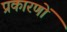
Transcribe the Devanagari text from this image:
प्रकारणों